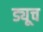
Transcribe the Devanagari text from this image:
ड्यूच